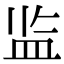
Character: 监